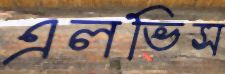
এলভিস